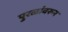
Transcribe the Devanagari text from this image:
पुरळांवरून